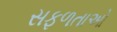
સફળતાઓ